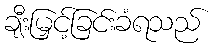
ချီးမြှင့်ခြင်းခံရသည်